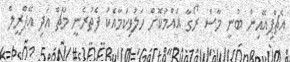
އެޗްޕިއޭއިން ބުނީ މާސް ރޯގާ އައްމުކޮށް ހަލުވިކަމާއެކު ފެތުރެނީ މާޗް އަދި އޭޕްރީލް